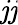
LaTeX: \mathit{j}\mathit{j}